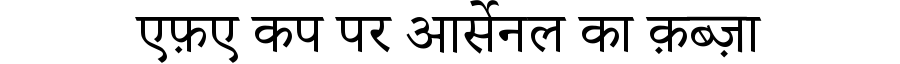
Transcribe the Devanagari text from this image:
एफ़ए कप पर आर्सेनल का क़ब्ज़ा